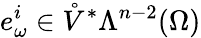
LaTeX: e_{\omega}^{i}\in\mathring{V}^{\ast}\Lambda^{n-2}(\Omega)